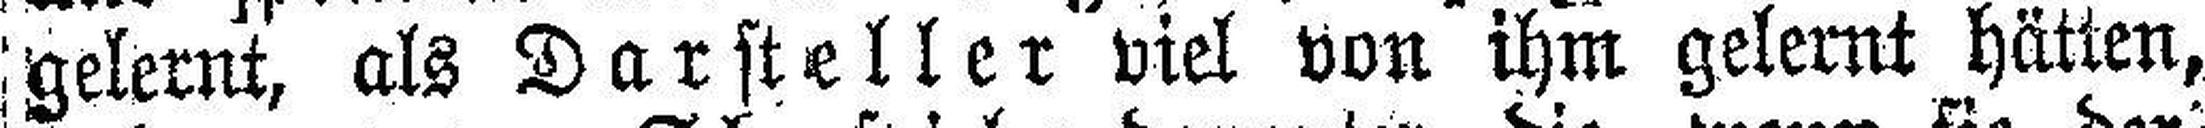
gelernt, als Darsteller viel von ihm gelernt hätten,